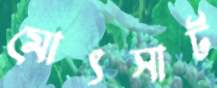
মোৎসার্ট